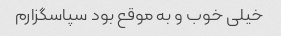
خیلی خوب و به موقع بود سپاسگزارم